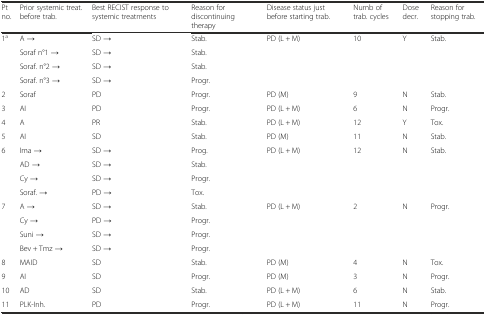
<table><thead><tr><td><b>Pt no.</b></td><td><b>Prior systemic treat. before trab.</b></td><td><b>Best RECIST response to systemic treatments</b></td><td><b>Reason for discontinuing therapy</b></td><td><b>Disease status just before starting trab.</b></td><td><b>Numb of trab. cycles</b></td><td><b>Dose decr.</b></td><td><b>Reason for stopping trab.</b></td></tr></thead><tbody><tr><td rowspan="4">1<sup>a</sup></td><td>A →</td><td>SD →</td><td>Stab.</td><td rowspan="4">PD (L + M)</td><td rowspan="4">10</td><td rowspan="4">Y</td><td rowspan="4">Stab.</td></tr><tr><td>Soraf n°1 →</td><td>SD →</td><td>Stab.</td></tr><tr><td>Soraf. n°2 →</td><td>SD →</td><td>Stab.</td></tr><tr><td>Soraf. n°3 →</td><td>SD →</td><td>Progr.</td></tr><tr><td>2</td><td>Soraf</td><td>PD</td><td>Progr.</td><td>PD (M)</td><td>9</td><td>N</td><td>Stab.</td></tr><tr><td>3</td><td>AI</td><td>PD</td><td>Progr.</td><td>PD (L + M)</td><td>6</td><td>N</td><td>Progr.</td></tr><tr><td>4</td><td>A</td><td>PR</td><td>Stab.</td><td>PD (L + M)</td><td>12</td><td>Y</td><td>Tox.</td></tr><tr><td>5</td><td>AI</td><td>SD</td><td>Stab.</td><td>PD (M)</td><td>11</td><td>N</td><td>Stab.</td></tr><tr><td rowspan="4">6</td><td>Ima →</td><td>SD →</td><td>Prog.</td><td rowspan="4">PD (L + M)</td><td rowspan="4">12</td><td rowspan="4">N</td><td rowspan="4">Stab.</td></tr><tr><td>AD →</td><td>SD →</td><td>Stab.</td></tr><tr><td>Cy →</td><td>SD →</td><td>Progr.</td></tr><tr><td>Soraf. →</td><td>PD →</td><td>Tox.</td></tr><tr><td rowspan="4">7</td><td>A →</td><td>SD →</td><td>Stab.</td><td rowspan="4">PD (L + M)</td><td rowspan="4">2</td><td rowspan="4">N</td><td rowspan="4">Progr.</td></tr><tr><td>Cy →</td><td>PD →</td><td>Progr.</td></tr><tr><td>Suni →</td><td>SD →</td><td>Progr.</td></tr><tr><td>Bev + Tmz →</td><td>SD →</td><td>Progr.</td></tr><tr><td>8</td><td>MAID</td><td>SD</td><td>Stab.</td><td>PD (M)</td><td>4</td><td>N</td><td>Tox.</td></tr><tr><td>9</td><td>AI</td><td>SD</td><td>Progr.</td><td>PD (M)</td><td>3</td><td>N</td><td>Progr.</td></tr><tr><td>10</td><td>AD</td><td>SD</td><td>Stab.</td><td>PD (L + M)</td><td>6</td><td>N</td><td>Stab.</td></tr><tr><td>11</td><td>PLK-Inh.</td><td>PD</td><td>Progr.</td><td>PD (L + M)</td><td>11</td><td>N</td><td>Progr.</td></tr></tbody></table>